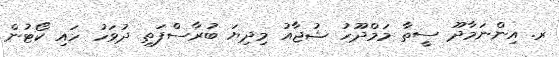
ރ. އިންނަމާދޫ ސީތާ މަމްދޫހު ޝުޖާއު މިދިޔަ ބުރާސްފަތި ދުވަހު ހައި ކޯޓުން